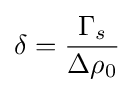
\delta ={\frac {\Gamma _{s}}{\Delta \rho _{0}}}